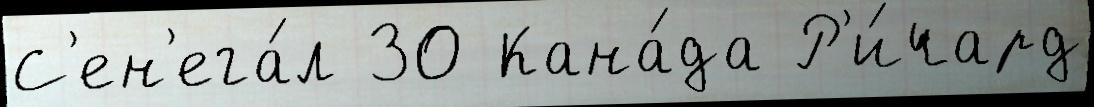
С'ен'ега́л 30 Кана́да Р'и́чард